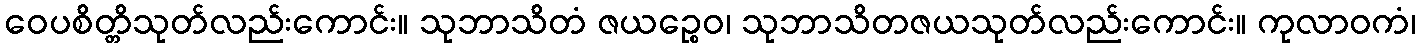
ဝေပစိတ္တိသုတ်လည်းကောင်း။ သုဘာသိတံ ဇယဉ္စေဝ၊ သုဘာသိတဇယသုတ်လည်းကောင်း။ ကုလာဝကံ၊